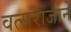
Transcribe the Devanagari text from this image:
वत्सराजाने